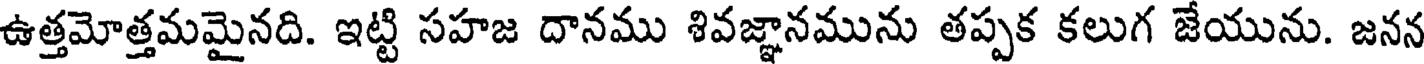
ఉత్తమోత్తమమైనది. ఇట్టి సహజ దానము శివజ్ఞానమును తప్పక కలుగ జేయును. జనన